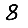
Digit: 8